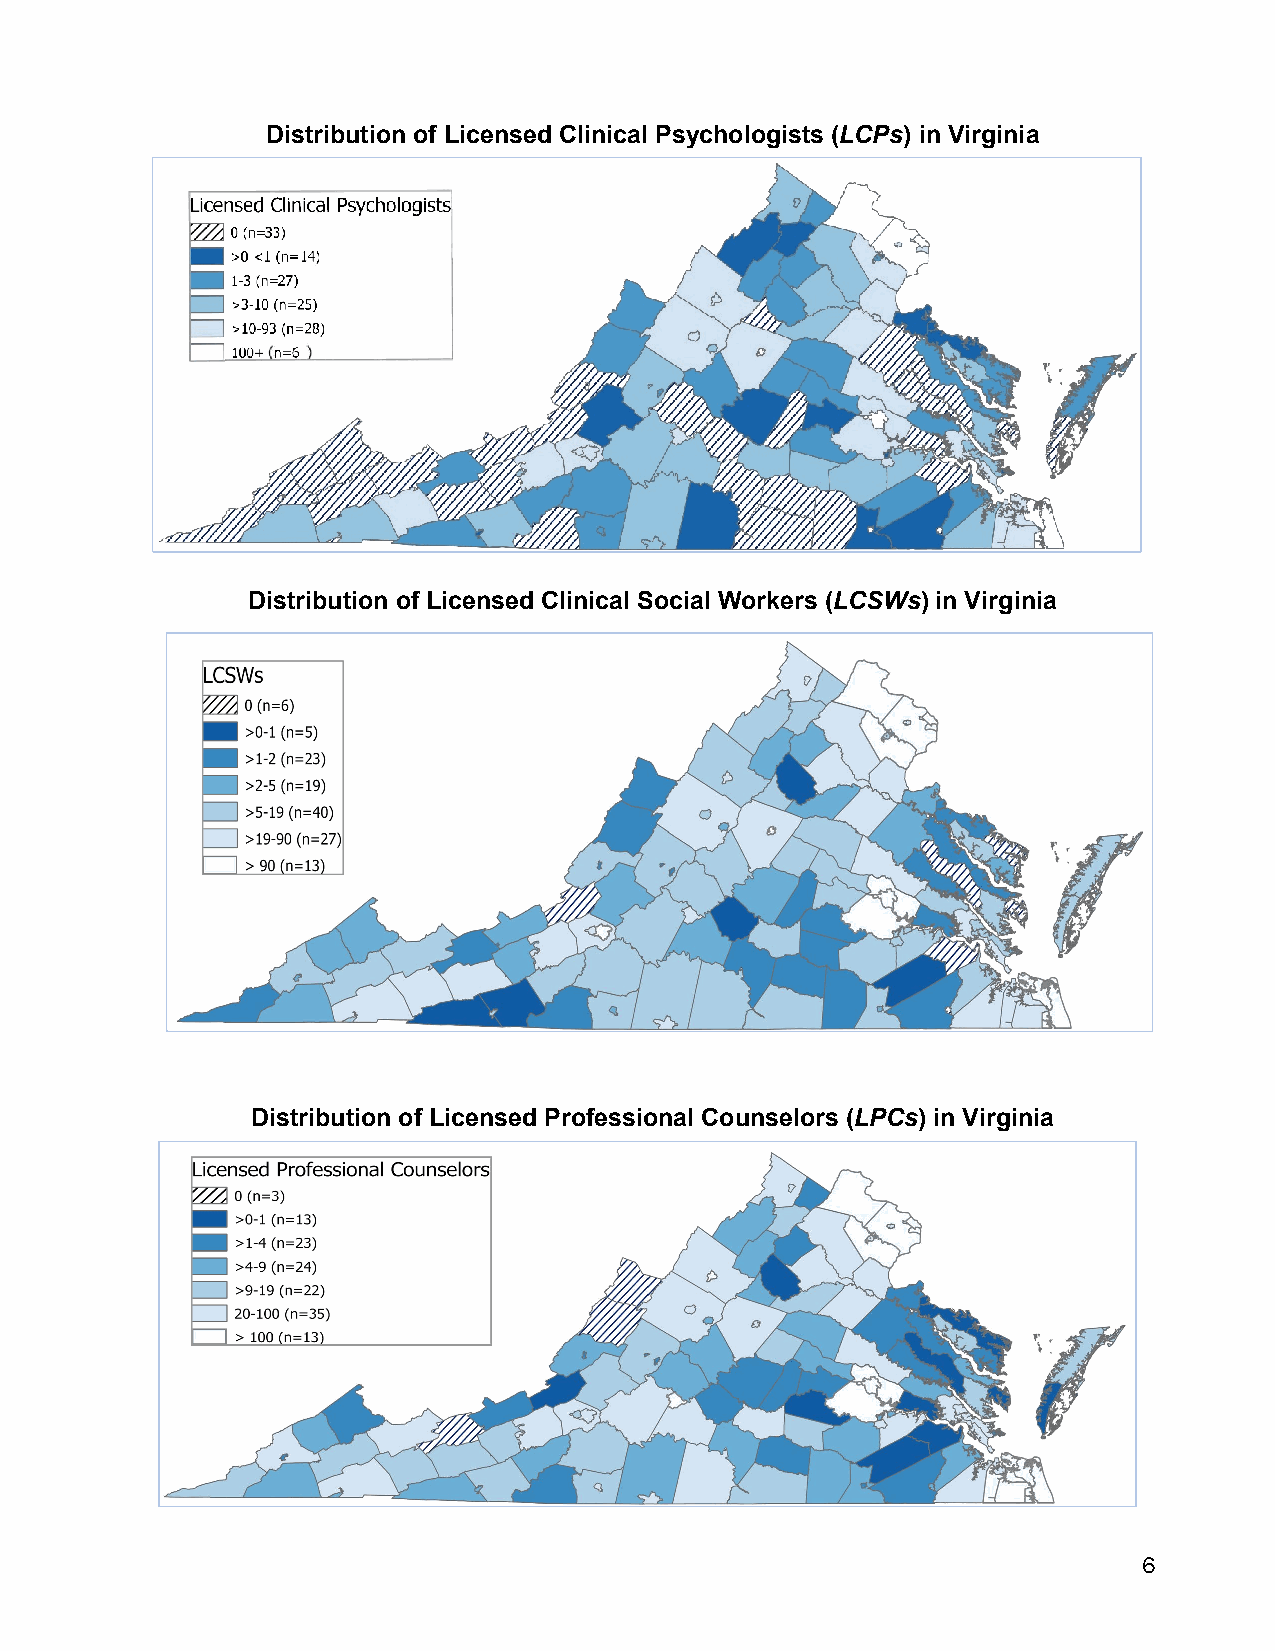
Distribution of Licensed Clinical Psychologists (LCPs) in Virginia
 Distribution of Licensed Clinical Social Workers (LCSWs) in Virginia
 Distribution of Licensed Professional Counselors (LPCs) in Virginia
 Distribution of Licensed Professional Counselors (LPCs) in Virginia
 6